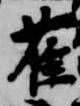
雀